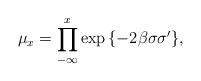
LaTeX: \begin{align*}\mu_x = \prod^x_{-\infty} \exp {\{-2\beta \sigma\sigma'\}},\end{align*}